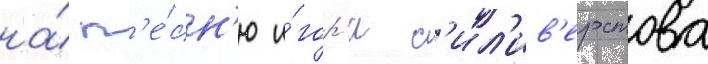
на́ п'е́сн'ю и́гор'я с'ил'ив'ерстова